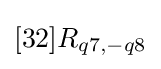
[32]R_{q7,-q8}